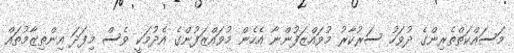
މަސައްކަތްތެރިންގެ ދުވަހު ސަރުކާރު މުވައްޒަފުންނާ އެހެން މުވައްޒަފުންގެ އެދުމަކީ ވެސް މިފަދަ އިންތިޒާމުތައް